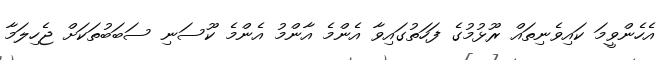
އެހެންވީމަ ކައިވެނިތައް ރޫޅުމުގެ ފަހަތުގައިވާ އެންމެ އާންމު އެންމެ ކޫސަނި ސަބަބުތަކަށް ޖެހިލަމާ